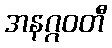
အနဂ္ဂဝတီ